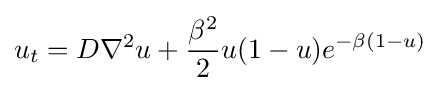
\displaystyle u_{t}=D\nabla ^{2}u+{\frac {\beta ^{2}}{2}}u(1-u)e^{-\beta (1-u)}